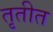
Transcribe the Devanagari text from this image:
तृतीत